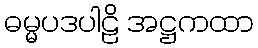
ဓမ္မပဒပါဠိ အဋ္ဌကထာ